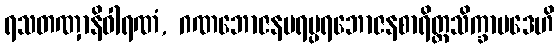
ရသတဏှာနိဝါရဏံ, ဂဏဘောဇနပရမ္ပရဘောဇနစာရိတ္တသိက္ခာပဒေဟိ